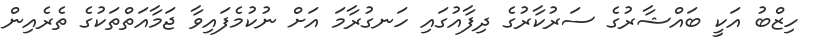
ހިޒްބު އަކީ ބައްޝާރުގެ ސަރުކާރުގެ ދިފާއުގައި ހަނގުރާމަ އަށް ނުކުމެފައިވާ ޖަމާއަތްތަކުގެ ތެރެއިން